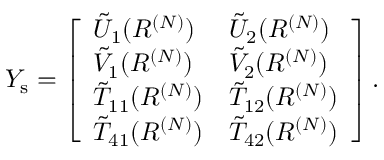
\begin{array} { r } { Y _ { \mathrm { s } } = \left[ \begin{array} { l l } { \tilde { U } _ { 1 } ( R ^ { ( N ) } ) } & { \tilde { U } _ { 2 } ( R ^ { ( N ) } ) } \\ { \tilde { V } _ { 1 } ( R ^ { ( N ) } ) } & { \tilde { V } _ { 2 } ( R ^ { ( N ) } ) } \\ { \tilde { T } _ { 1 1 } ( R ^ { ( N ) } ) } & { \tilde { T } _ { 1 2 } ( R ^ { ( N ) } ) } \\ { \tilde { T } _ { 4 1 } ( R ^ { ( N ) } ) } & { \tilde { T } _ { 4 2 } ( R ^ { ( N ) } ) } \end{array} \right] . } \end{array}